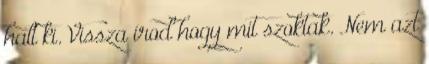
halt ki. Vissza írod hogy mit szoktak. Nem azt